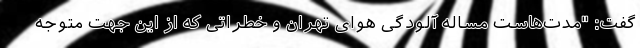
گفت: "مدت‌هاست مساله آلودگی هوای تهران و خطراتی که از این جهت متوجه